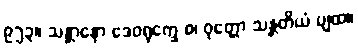
၉၅၃။ သန္တာနော ဒေဝရုက္ခေ စ၊ ဝုတ္တော သန္တတိယံ ပျထ။